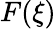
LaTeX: F(\xi)